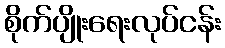
စိုက်ပျိုးရေးလုပ်ငန်း